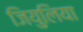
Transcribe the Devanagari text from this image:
जियुलिया